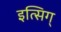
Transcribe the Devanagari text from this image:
इत्सिग्